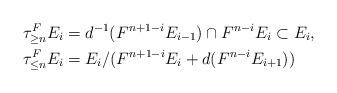
LaTeX: \begin{align*}\begin{aligned}\tau^F_{\geq n}E_i &= d^{-1}(F^{n+1-i}E_{i-1}) \cap F^{n-i}E_i\subset E_i,\\\tau^F_{\leq n}E_i &= E_i/(F^{n+1-i}E_i + d(F^{n-i}E_{i+1}))\end{aligned}\end{align*}